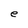
Character: e